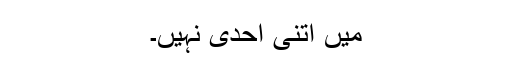
میں اتنی احدی نہیں۔